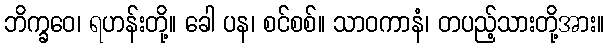
ဘိက္ခဝေ၊ ရဟန်းတို့။ ခေါ ပန၊ စင်စစ်။ သာဝကာနံ၊ တပည့်သားတို့အား။